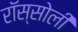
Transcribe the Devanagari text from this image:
रॉस्सोली